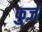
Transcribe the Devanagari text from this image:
फुर्ज